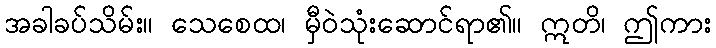
အခါခပ်သိမ်း။ သေစေထ၊ မှီဝဲသုံးဆောင်ရာ၏။ ဣတိ၊ ဤကား